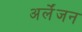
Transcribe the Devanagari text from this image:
अर्लेंजन